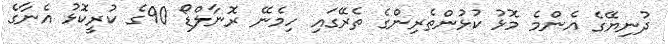
ދުނިޔޭގެ އެންމެ މޮޅު ކުޅުންތެރިންގެ ތެރޭގައި ހިމެނޭ ރޮނާލްޑޯ 90ގެ ކުރީކޮޅު އެނާގެ